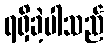
ရရှိခဲ့ပါသည်